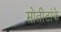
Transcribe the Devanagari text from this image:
मोतीटांके